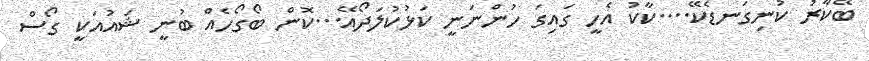
ބޭކާރު ކުނިގަނޑެކޭ....ކާކު އެހީ ގައިގަ ހުންނަނީ ކަޅުކުލަދޯއޭ...ކޮން ބޯގޯހެއް ބުނީ ޝައުއަކީ ގޯސް